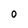
Character: O